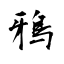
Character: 鴉